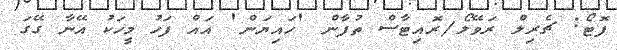
ފޮޓޯ: ޗެރިލް ރަވޭލޯ/ރޮއިޓާސް ތުފާން 'ހައިޔަން' އައް ފަހު މީހަކު އޭނާ ގޭގަ